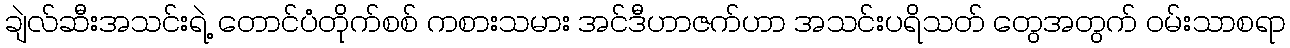
ချဲလ်ဆီးအသင်းရဲ့ တောင်ပံတိုက်စစ် ကစားသမား အင်ဒီဟာဇက်ဟာ အသင်းပရိသတ် တွေအတွက် ဝမ်းသာစရာ